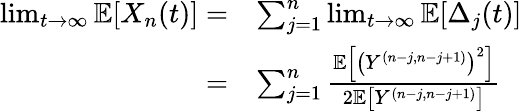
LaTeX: \begin{array}{rl}{\operatorname*{lim}_{t\to\infty}\mathbb{E}[X_{n}(t)]=}&{\sum_{j=1}^{n}\operatorname*{lim}_{t\to\infty}\mathbb{E}[\Delta_{j}(t)]}\\ {=}&{\sum_{j=1}^{n}\frac{\mathbb{E}\left[\left(Y^{(n-j,n-j+1)}\right)^{2}\right]}{2\mathbb{E}\left[Y^{(n-j,n-j+1)}\right]}}\end{array}